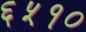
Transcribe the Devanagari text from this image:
६५१०